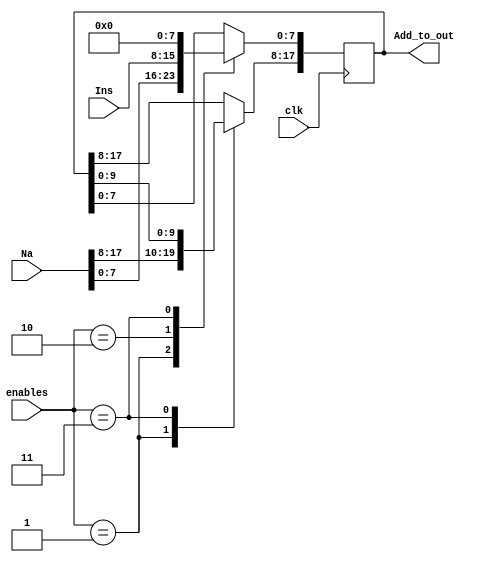
module Address_reg(input wire clk,
                    input wire [7:0] Ins,
						  input wire [17:0] Na,
						  input wire[1:0] enables,
						  output wire[17:0] Add_to_out
						  );
reg [17:0] Address_reg;
always@(negedge clk) begin
  case(enables)
  2'b1: begin
    Address_reg<=Na;
  end
  2'b10:begin
    Address_reg[7:0]<=Ins;
  end
  2'b11:begin
     Address_reg<=(Address_reg<<8);
  end
  default: begin
  end
  endcase
end
assign Add_to_out=Address_reg;
endmodule